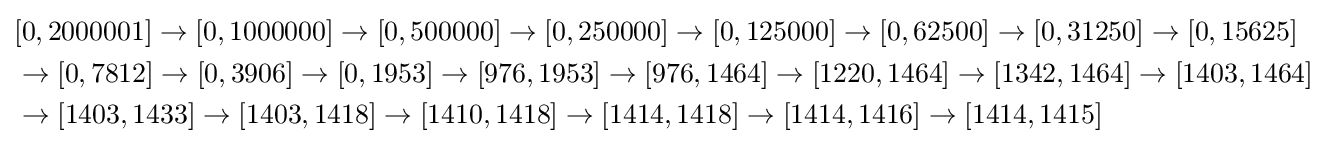
{\begin{aligned}&[0,2000001]\to [0,1000000]\to [0,500000]\to [0,250000]\to [0,125000]\to [0,62500]\to [0,31250]\to [0,15625]\\&\to [0,7812]\to [0,3906]\to [0,1953]\to [976,1953]\to [976,1464]\to [1220,1464]\to [1342,1464]\to [1403,1464]\\&\to [1403,1433]\to [1403,1418]\to [1410,1418]\to [1414,1418]\to [1414,1416]\to [1414,1415]\end{aligned}}